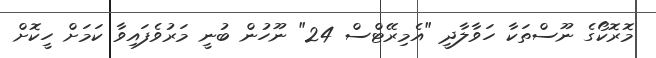
މޮރޮކޯގެ ނޫސްތަކާ ހަވާލާދީ "އެމިރޭޓްސް 24" ނޫހުން ބުނީ މަރުވެފައިވާ ކަމަށް ހީކޮށް